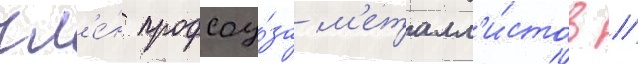
чл'е́н профсоу́за м'еталл'и́стов //